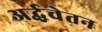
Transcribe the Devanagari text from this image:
अर्द्धचेतन